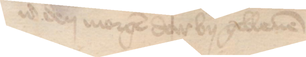
id den morgen da by gebleuen